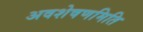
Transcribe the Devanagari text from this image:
अवशेषणमिति